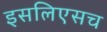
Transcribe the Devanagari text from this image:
इसलिएसच